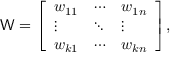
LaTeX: { \mathsf { W } } = { \left[ \begin{array} { l l l } { w _ { 1 1 } } & { \cdots } & { w _ { 1 n } } \\ { \vdots } & { \ddots } & { \vdots } \\ { w _ { k 1 } } & { \cdots } & { w _ { k n } } \end{array} \right] } ,